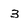
Character: 3